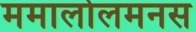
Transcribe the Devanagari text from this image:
ममालोलमनस